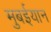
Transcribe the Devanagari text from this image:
मुबईयान